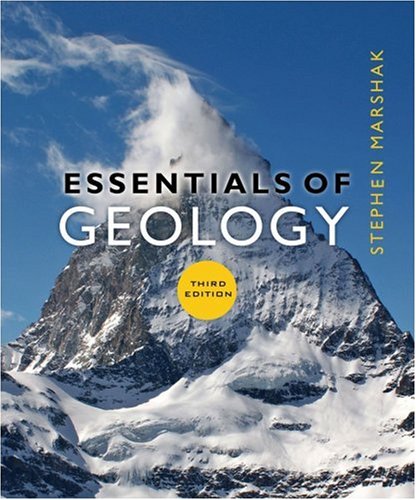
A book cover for Essentials of Geology (Third Edition); Stephen Marshak; Science & Math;